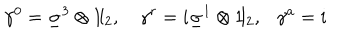
LaTeX: \gamma ^ { 0 } = \underline { { { \sigma } } } ^ { 3 } \otimes 1 \! \mathrm { l } _ { 2 } , \gamma ^ { r } = i \underline { { { \sigma } } } ^ { 1 } \otimes 1 \! \mathrm { l } _ { 2 } , \ \ \ \gamma ^ { a } = i